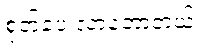
စုတ်ပေးလာတော့တယ်။